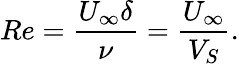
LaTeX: Re=\frac{U_{\infty}\delta}{\nu}=\frac{U_{\infty}}{V_{S}}.